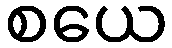
စယေ